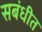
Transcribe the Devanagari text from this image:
सबंधीत